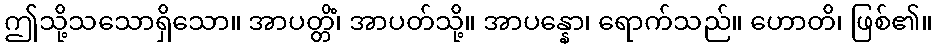
ဤသို့သသောရှိသော။ အာပတ္တိံ၊ အာပတ်သို့။ အာပန္နော၊ ရောက်သည်။ ဟောတိ၊ ဖြစ်၏။